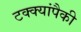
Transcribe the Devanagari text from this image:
टक्क्यांपैकी